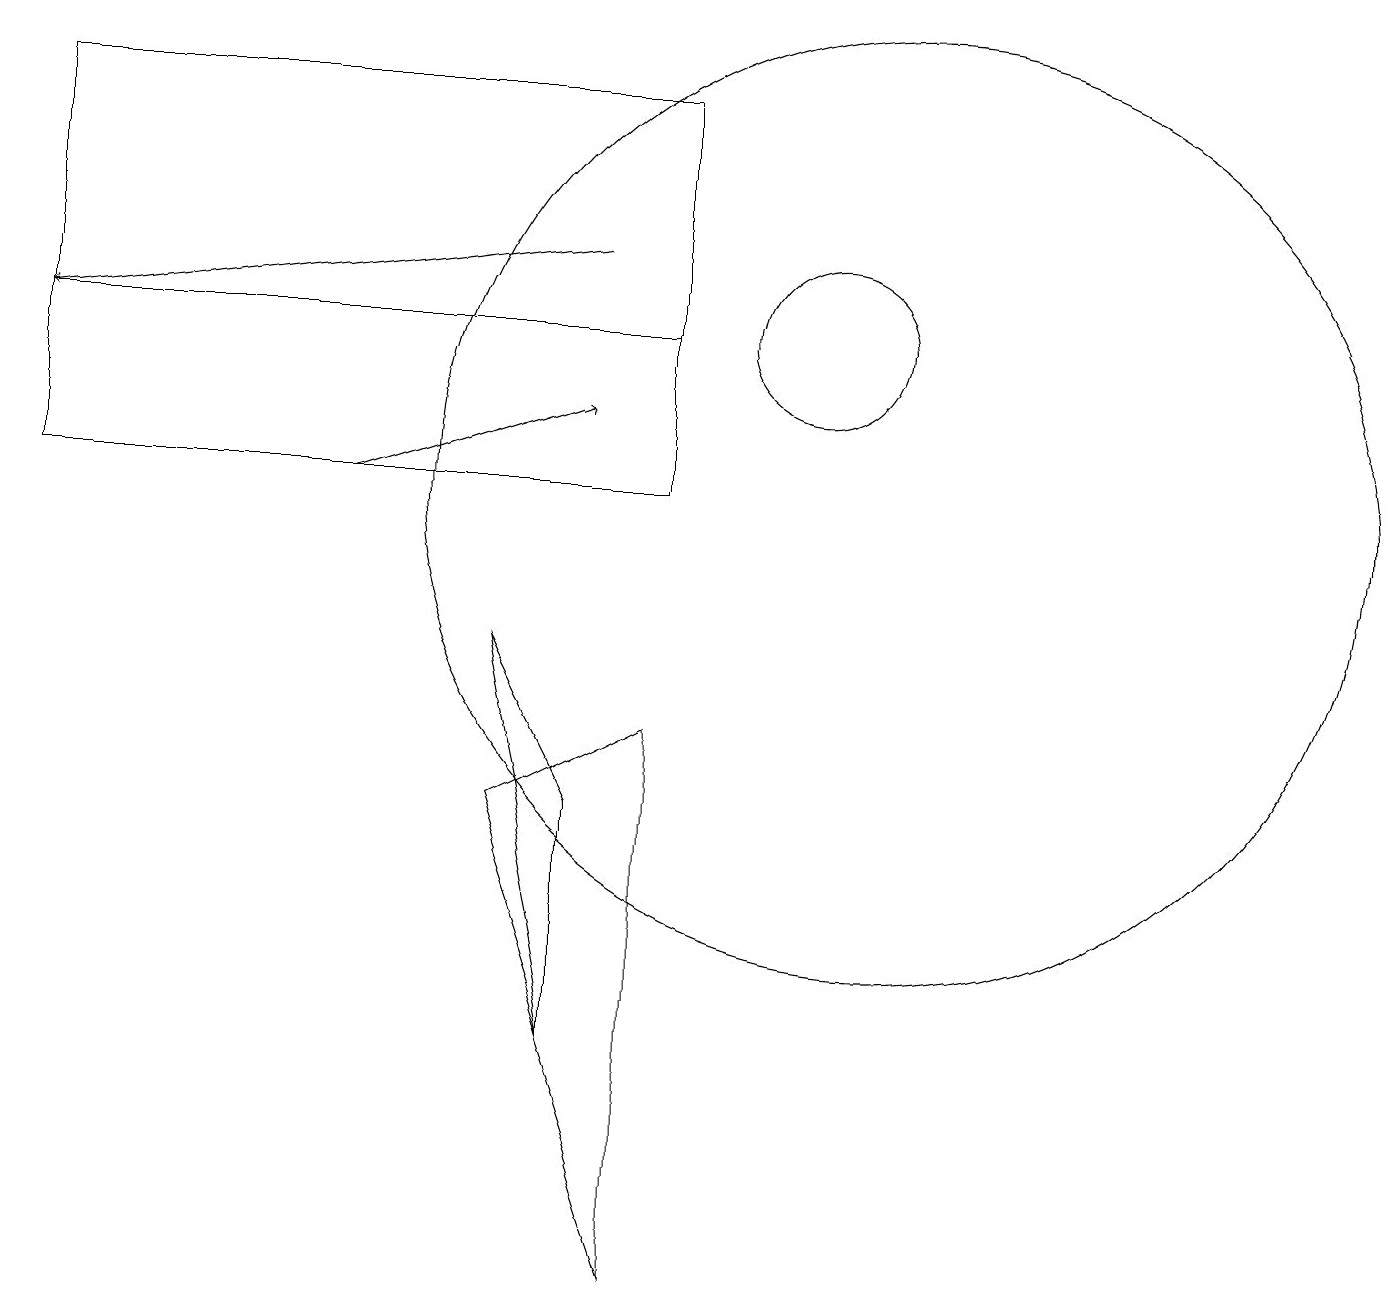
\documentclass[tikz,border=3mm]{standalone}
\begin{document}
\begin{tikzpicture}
\draw (7,6) -- (6,8) -- (7,3) -- cycle;
\draw (0,10) rectangle (8,12);
\draw[->] (7,13) -- (0,12);
\draw (0,10) rectangle (8,15);
\draw (6,6) -- (8,0) -- (8,7) -- cycle;
\draw (11,10) circle (6);
\draw[->] (4,10) -- (7,11);
\draw (10,12) circle (1);
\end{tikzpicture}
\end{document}